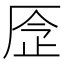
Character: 𠩧